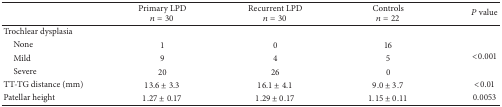
|  | Primary LPD n = 30 | Recurrent LPD n = 30 | Controls n = 22 | P value |
 | --- | --- | --- | --- | --- |
 | Trochlear dysplasia |  |  |  |  |
 | None | 1 | 0 | 16 | <ROWSPAN=3> <0.001 |
 | Mild | 9 | 4 | 5 |
 | Severe | 20 | 26 | 0 |
 | TT-TG distance (mm) | 13.6 ± 3.3 | 16.1 ± 4.1 | 9.0 ± 3.7 | <0.01 |
 | Patellar height | 1.27 ± 0.17 | 1.29 ± 0.17 | 1.15 ± 0.11 | 0.0053 |